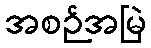
အစဉ်အမြဲ